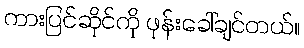
ကားပြင်ဆိုင်ကို ဖုန်းခေါ်ချင်တယ်။